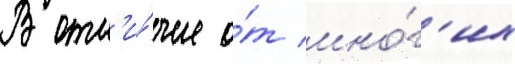
В отл'и́чие о́т мно́г'их